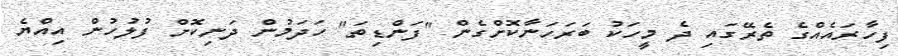
ފިހާރައެއްގެ ތެރޭގައި ދެ މީހަކު ބަރަހަނާކޮށްގެން "ފަންޑިތަ" ހަދަމުން ދަނިކޮށް ފުލުހުން އިއްޔެ